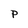
Character: P